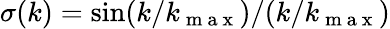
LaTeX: \sigma(k)=\sin(k/k_{\mathrm{~m~a~x~}})/(k/k_{\mathrm{~m~a~x~}})